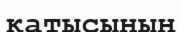
қатысының